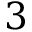
3